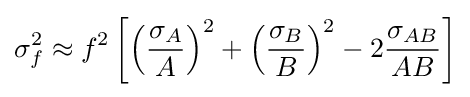
\sigma _{f}^{2}\approx f^{2}\left[\left({\frac {\sigma _{A}}{A}}\right)^{2}+\left({\frac {\sigma _{B}}{B}}\right)^{2}-2{\frac {\sigma _{AB}}{AB}}\right]